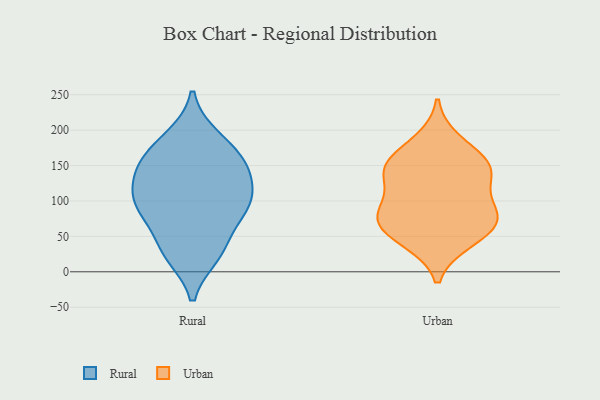
{"axis": {"x": "Temperature (°C)", "y": "Value"}, "legend": ["Rural", "Urban"], "data": [{"x": "", "y": 164, "type": "Rural"}, {"x": "", "y": 146, "type": "Rural"}, {"x": "", "y": 146, "type": "Rural"}, {"x": "", "y": 24, "type": "Rural"}, {"x": "", "y": 34, "type": "Rural"}, {"x": "", "y": 105, "type": "Rural"}, {"x": "", "y": 88, "type": "Rural"}, {"x": "", "y": 190, "type": "Rural"}, {"x": "", "y": 110, "type": "Rural"}, {"x": "", "y": 81, "type": "Rural"}, {"x": "", "y": 149, "type": "Urban"}, {"x": "", "y": 136, "type": "Urban"}, {"x": "", "y": 185, "type": "Urban"}, {"x": "", "y": 43, "type": "Urban"}, {"x": "", "y": 77, "type": "Urban"}, {"x": "", "y": 75, "type": "Urban"}, {"x": "", "y": 48, "type": "Urban"}, {"x": "", "y": 149, "type": "Urban"}, {"x": "", "y": 157, "type": "Urban"}, {"x": "", "y": 67, "type": "Urban"}, {"x": "", "y": 84, "type": "Urban"}, {"x": "", "y": 131, "type": "Urban"}, {"x": "", "y": 93, "type": "Urban"}]}